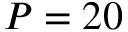
P = 2 0